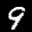
Label: 9